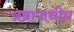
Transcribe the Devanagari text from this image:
प्रब्राजनीय